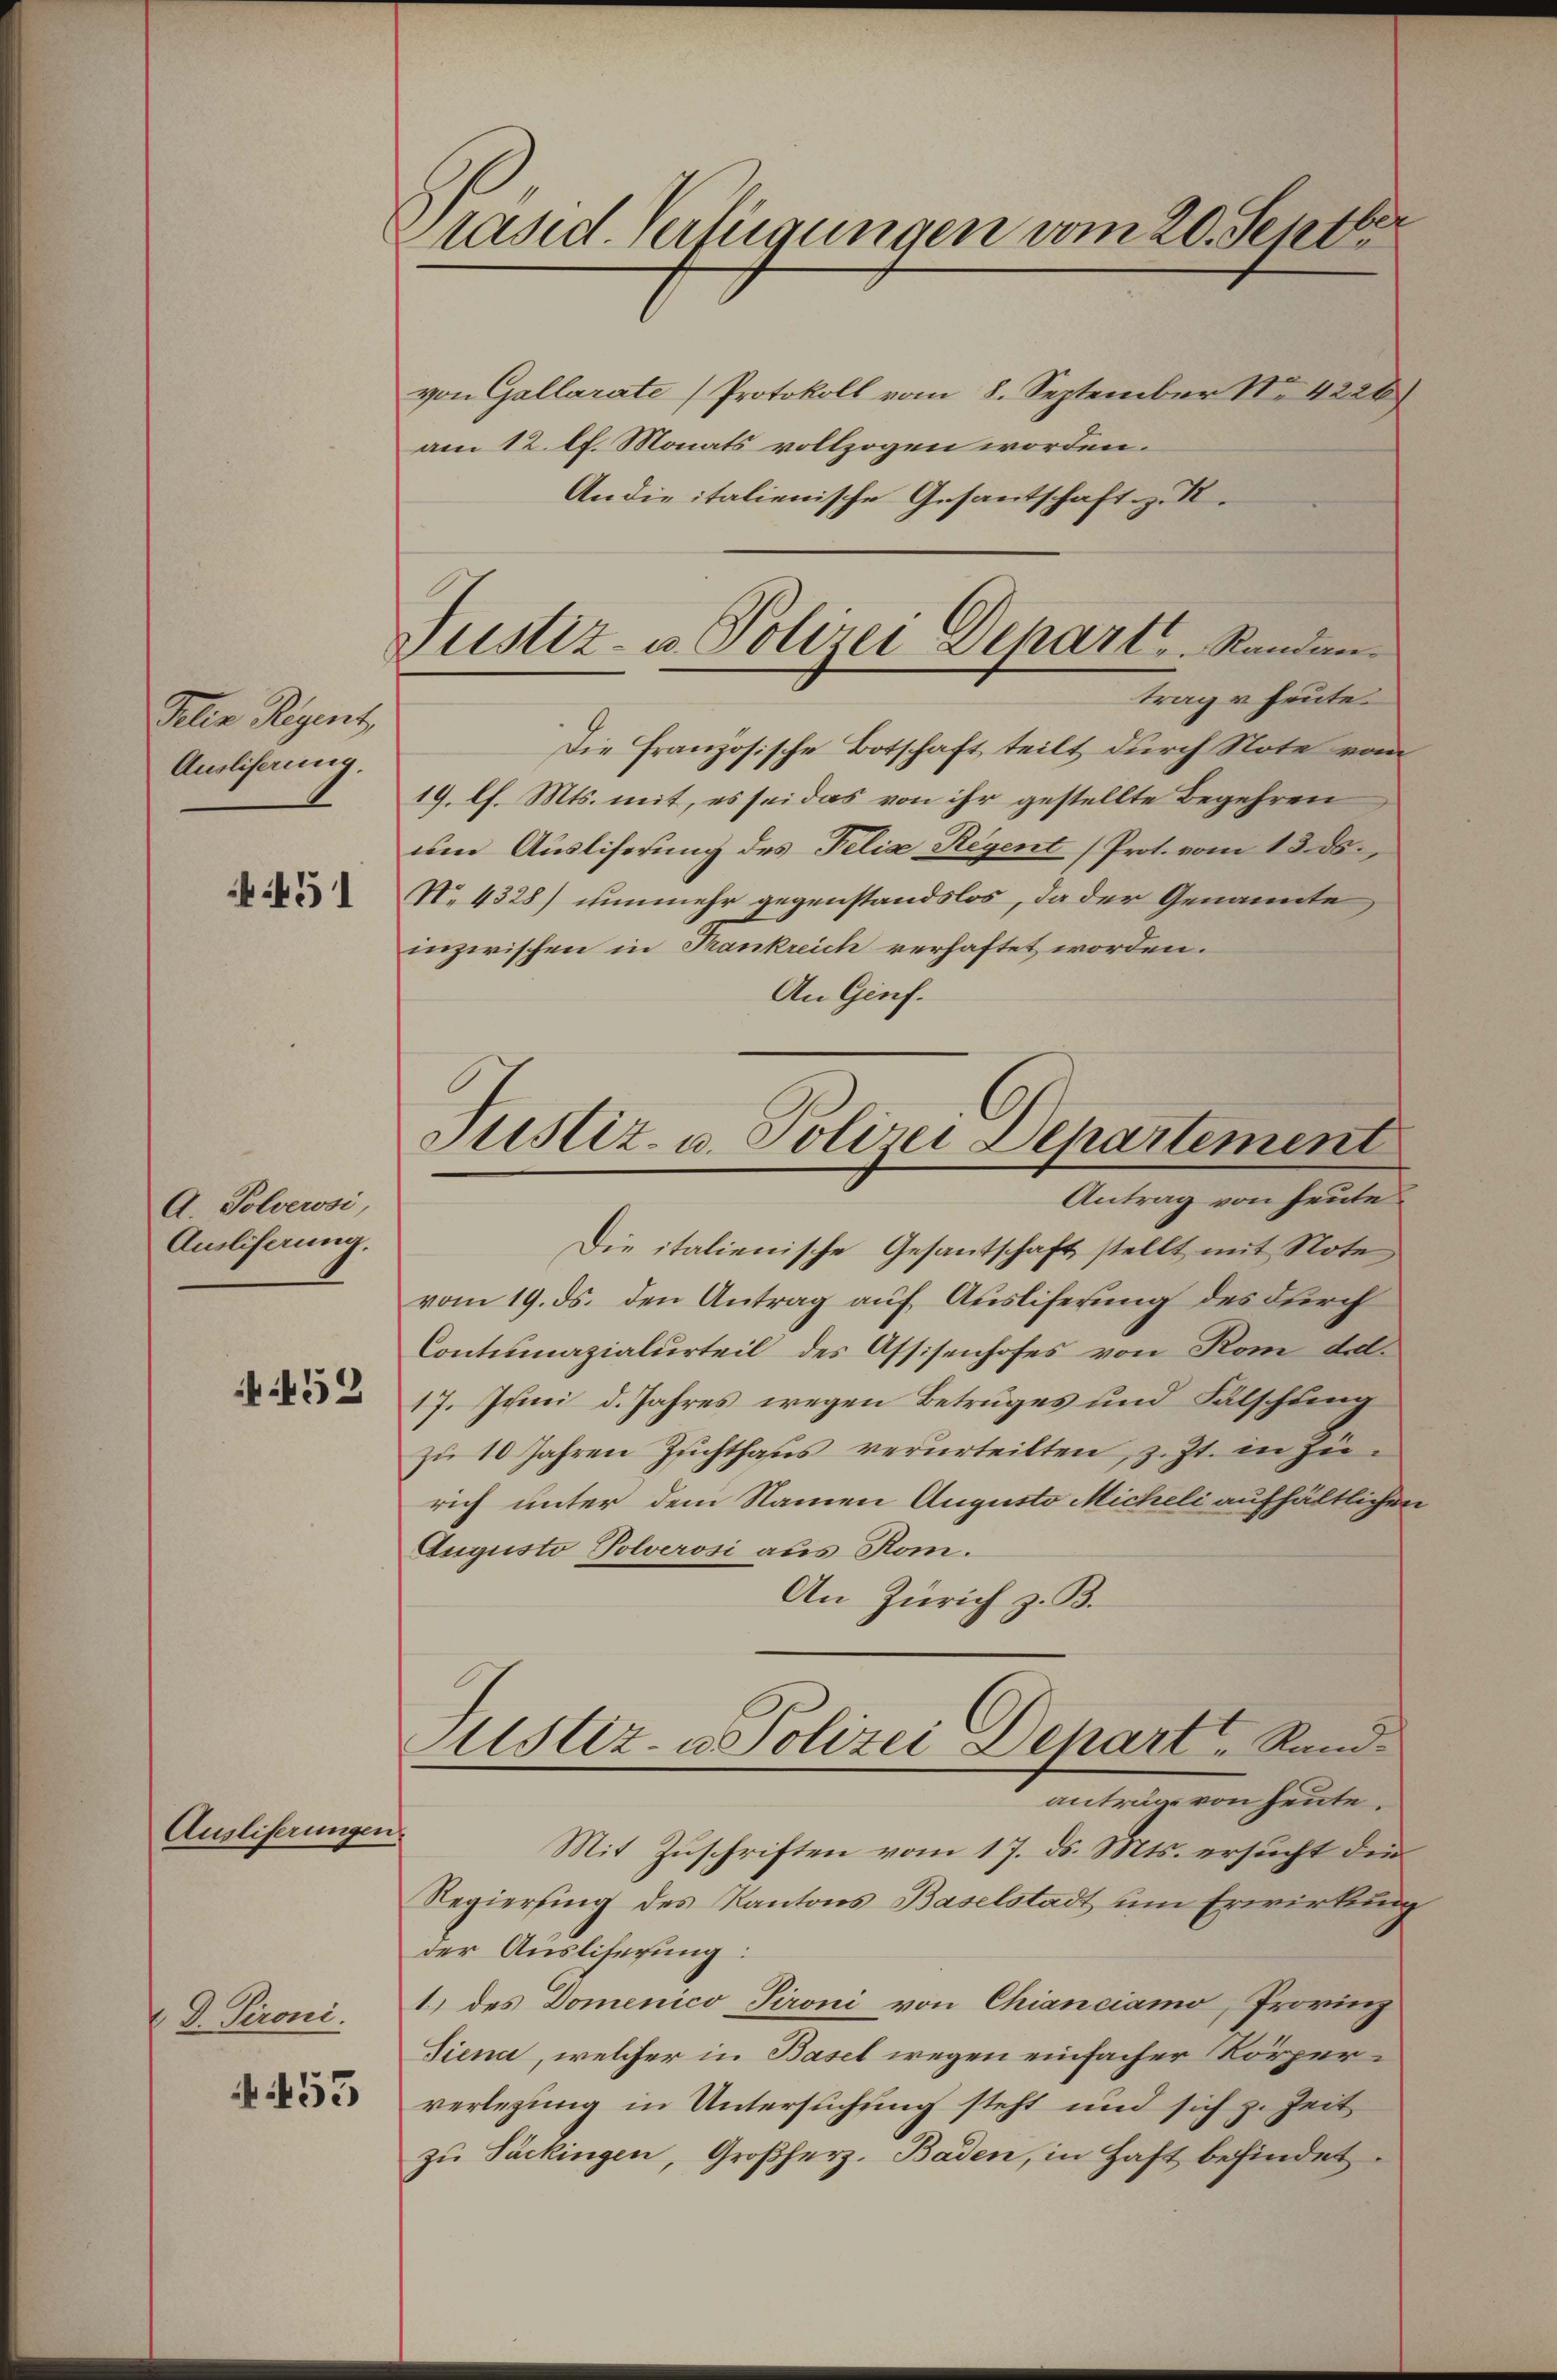
Jelen Regent,
Ausliserung.

45

A. Polverosi,
Ausliserung.

452

Ausliserungen.

D. Pironi.

455

räsid. Verfügungen vom 20. Septbr

Justiz- u. Polizei Depart. Randantrag u. heute.

von Gallarate Protokoll vom 8. September No 4228)
am 12. lt. Monats vollzogen worden.
Andie italienische Gesantschaft z. R.
Die Französische Botschaft teilt durch Note vom
19. Ch. Mts. mit, es sei das von ihr gestellte Begehren
um Ausliferung des Felia Regent (Prot. vom 13. ds.
No. 4328) nunmehr gegenstandslos, da der Genannte
inzwischen in Krankreich verhaftet worden.
An Genf.
Die italienische Gesantschaft stellt mit Note
vom 19. ds. den Antrag auf Ausliferung des durch
Contumazialurteil des Assisenhofes von Rom del.
17. Juni d. Jahres wegen Betruges und Falschling
zu 10 Jahren Zuchthaus verurteilten, z. Zt. in zurich unter dem Namen Augusto Micheli aufhältlichen
Augusto Polverosi aus Rom.
An Zürich z. B.
Justiz- u. Polizei Depart Rand
anträge von heute.
Mit Zuschriften vom 17. ds. Mts. ersucht die
Regierung des Kantons Baselstadt um Erwirkung
der Auslicherung:
1) des Domenico Pironi von Chianciamo, Provinz
Tiena, welcher in Basel wegen einfacher Körperverlegung in Untersuchung steht und sich z. Zeit
zŭ Päckingen, Großherz, Baden, in Haft befindet

Justiz- u. Polizei Departement
Antrag von heute